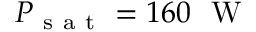
P _ { \mathrm { ~ s ~ a ~ t ~ } } = 1 6 0 ~ \mathrm { ~ W ~ }